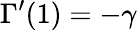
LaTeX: \Gamma^{\prime}(1)=-\gamma